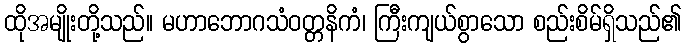
ထိုအမျိုးတို့သည်။ မဟာဘောဂသံဝတ္တနိကံ၊ ကြီးကျယ်စွာသော စည်းစိမ်ရှိသည်၏